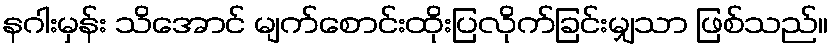
နဂါးမှန်း သိအောင် မျက်စောင်းထိုးပြလိုက်ခြင်းမျှသာ ဖြစ်သည်။